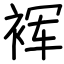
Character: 裈